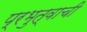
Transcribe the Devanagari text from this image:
प्रभुत्वाची